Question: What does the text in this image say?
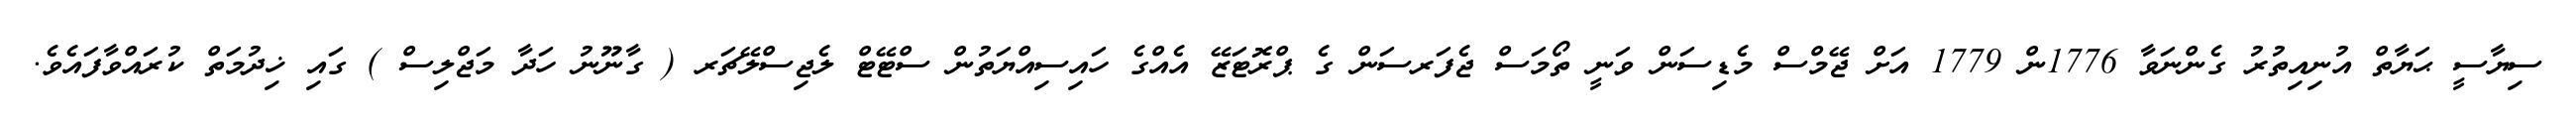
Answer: ސިޔާސީ ޙަޔާތް އުނިއިތުރު ގެންނަވާ 1776ން 1779 އަށް ޖޭމްސް މެޑިސަން ވަނީ ތޯމަސް ޖެފަރސަން ގެ ޕްރޮޓަޒޭ އެއްގެ ހައިސިއްޔަތުން ސްޓޭޓް ލެޖިސްލޭޗަރ ( ގާނޫނު ހަދާ މަޖްލިސް ) ގައި ޚިދުމަތް ކުރައްވާފައެވެ.